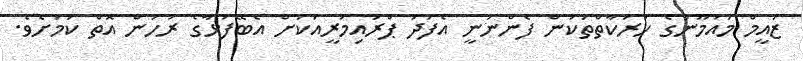
ޒައީމް މައުމޫނުގެ ހަރަކާތްތަކުން ފެންނަނީ އެފަދަ ޕްރައިމަރީއަކަށް އެބޭފުޅާގެ ރުހުން އޮތް ކަމަށެވެ.